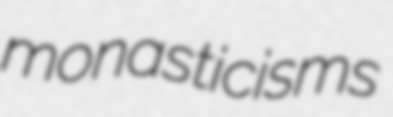
monasticisms